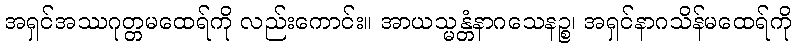
အရှင်အဿဂုတ္တမထေရ်ကို လည်းကောင်း။ အာယသ္မန္တံနာဂသေနဉ္စ၊ အရှင်နာဂသိန်မထေရ်ကို